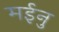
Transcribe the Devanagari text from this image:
मईनु